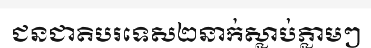
ជនជាតិបរទេស២នាក់ស្លាប់ភ្លាមៗ